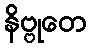
နိဗ္ဗုတေ